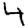
Digit: 4